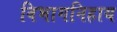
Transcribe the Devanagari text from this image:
विभागनिहाय